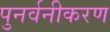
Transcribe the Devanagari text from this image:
पुनर्वनीकरण